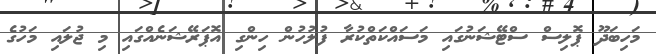
މަހިބަދޫ ޕޮލިސް ސްޓޭޝަނުގައި މަސައްކަތްކުރާ ފުލުހުން ހިންގި އޮޕަރޭޝަނެއްގައި މި ޖުލައި މަހުގެ